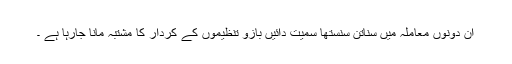
ان دونوں معاملہ میں سناتن سنستھا سمیت دائیں بازو تنظیموں کے کردار کا مشتبہ مانا جارہا ہے ۔